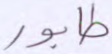
طابور